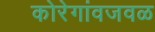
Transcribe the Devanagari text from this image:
कोरेगांवजवळ